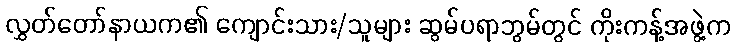
လွှတ်တော်နာယက၏ ကျောင်းသား/သူများ ဆွမ်ပရာဘွမ်တွင် ကိုးကန့်အဖွဲ့က